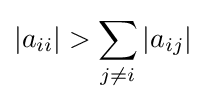
|a_{ii}|>\sum _{j\neq i}|a_{ij}|